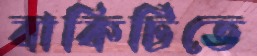
বাকিটিতে